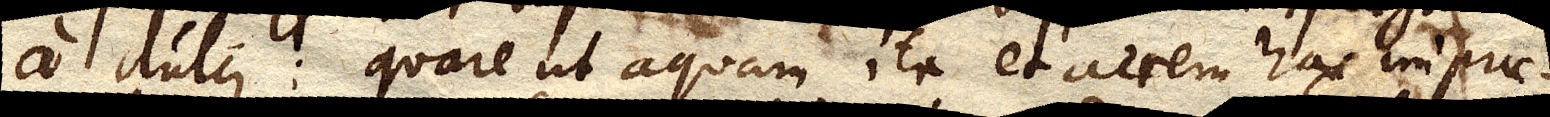
a dulci: quare ut aquam ita et aerem hac imprae–